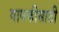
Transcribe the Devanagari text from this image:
गायकीसाठी